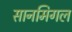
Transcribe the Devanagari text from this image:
सानमिगल